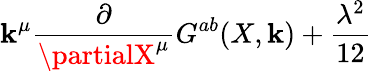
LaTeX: \mathbf{k}^{\mu}\frac{\partial}{{\partialX^{\mu}}}G^{ab}(X,\mathbf{k})+\frac{{\lambda^{2}}}{{12}}